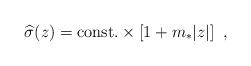
LaTeX: \begin{align*}{\widehat\sigma}(z)={\rm const.}\times \left[1+m_*|z|\right]~,\end{align*}